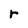
Character: r